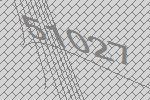
51027